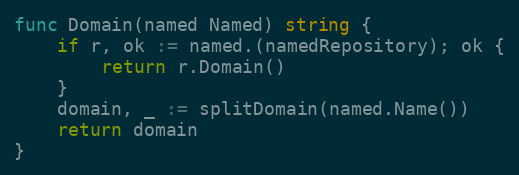
Language: Go
func Domain(named Named) string {
	if r, ok := named.(namedRepository); ok {
		return r.Domain()
	}
	domain, _ := splitDomain(named.Name())
	return domain
}